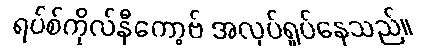
ရပ်စ်ကိုလ်နီကော့ဗ် အလုပ်ရှုပ်နေသည်။